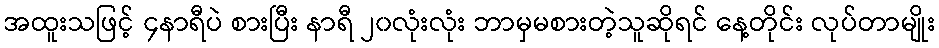
အထူးသဖြင့် ၄နာရီပဲ စားပြီး နာရီ ၂၀လုံးလုံး ဘာမှမစားတဲ့သူဆိုရင် နေ့တိုင်း လုပ်တာမျိုး